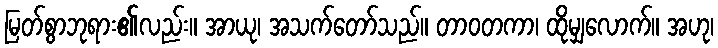
မြတ်စွာဘုရား၏လည်း။ အာယု၊ အသက်တော်သည်။ တာဝတကာ၊ ထိုမျှလောက်။ အဟု၊